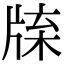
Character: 𤗊